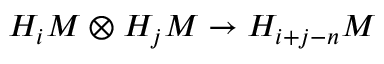
H _ { i } M \otimes H _ { j } M \to H _ { i + j - n } M